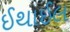
ઈથાઈલ